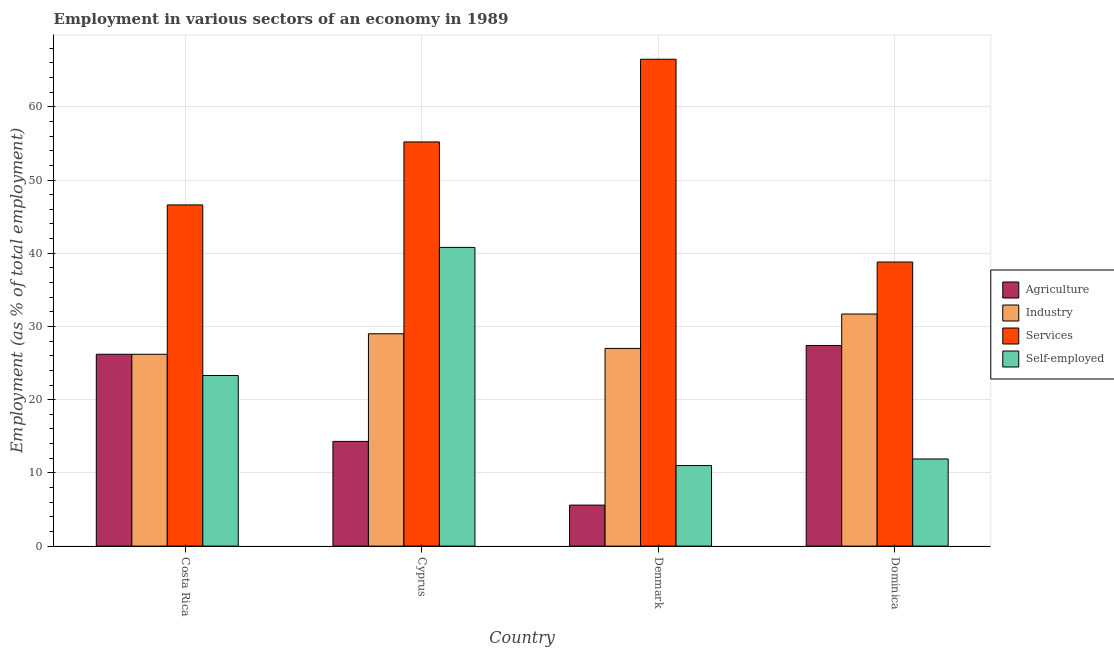
| Country | Agriculture | Industry | Services | Self-employed |
 | --- | --- | --- | --- | --- |
 | Costa Rica | 26.2 | 26.2 | 46.6 | 23.3 |
 | Cyprus | 14.3 | 29 | 55.2 | 40.8 |
 | Denmark | 5.6 | 27 | 66.5 | 11 |
 | Dominica | 27.4 | 31.7 | 38.8 | 11.9 |